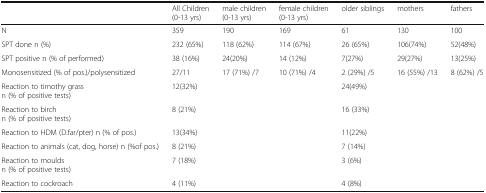
|  | All Children(0-13 yrs) | male children(0-13 yrs) | female children(0-13 yrs) | older siblings | mothers | fathers |
 | --- | --- | --- | --- | --- | --- | --- |
 | N | 359 | 190 | 169 | 61 | 130 | 100 |
 | SPT done n (%) | 232 (65%) | 118 (62%) | 114 (67%) | 26 (65%) | 106(74%) | 52(48%) |
 | SPT positive n (% of performed) | 38 (16%) | 24(20%) | 14 (12%) | 7(27%) | 29(27%) | 13(25%) |
 | Monosensitized (% of pos.)/polysensitized | 27/11 | 17 (71%) /7 | 10 (71%) /4 | 2 (29%) /5 | 16 (55%) /13 | 8 (62%) /5 |
 | Reaction to timothy grassn (% of positive tests) | <COLSPAN=3> 12(32%) | <COLSPAN=3> 24(49%) |
 | Reaction to birchn (% of positive tests) | <COLSPAN=3> 8 (21%) | <COLSPAN=3> 16 (33%) |
 | Reaction to HDM (D.far/pter) n (% of pos.) | <COLSPAN=3> 13(34%) | <COLSPAN=3> 11(22%) |
 | Reaction to animals (cat, dog, horse) n (%of pos.) | <COLSPAN=3> 8 (21%) | <COLSPAN=3> 7 (14%) |
 | Reaction to mouldsn (% of positive tests) | <COLSPAN=3> 7 (18%) | <COLSPAN=3> 3 (6%) |
 | Reaction to cockroach | <COLSPAN=3> 4 (11%) | <COLSPAN=3> 4 (8%) |